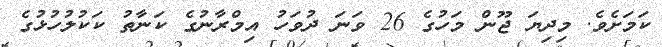
ކަމަށެވެ. މިދިޔަ ޖޫން މަހުގެ 26 ވަނަ ދުވަހު އިމްރާނުގެ ކަނާތު ކަކުލުހުޅުގެ